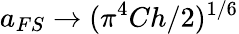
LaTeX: a_{FS}\rightarrow(\pi^{4}Ch/2)^{1/6}